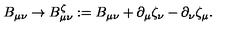
B _ { \mu \nu } \rightarrow B _ { \mu \nu } ^ { \zeta } : = B _ { \mu \nu } + \partial _ { \mu } \zeta _ { \nu } - \partial _ { \nu } \zeta _ { \mu } .